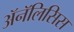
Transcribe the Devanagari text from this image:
ॲनॅलिसिस